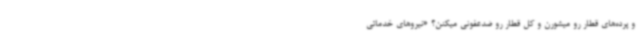
و پرده‌های قطار رو میشورن و کل قطار رو ضدعفونی میکنن؟ «نیروهای خدماتی